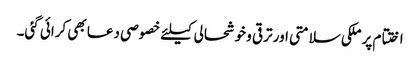
اختتام پر ملکی سلامتی اور ترقی و خوشحالی کیلئے خصوصی دعا بھی کرائی گئی۔